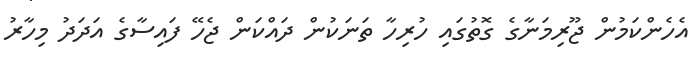
އެހެންކަމުން ޖޫރިމަނާގެ ގޮތުގައި ހުރިހާ ތަނަކުން ދައްކަން ޖެހޭ ފައިސާގެ އަދަދު މިހާރު